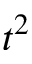
t ^ { 2 }